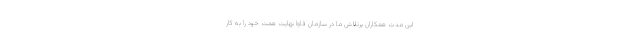
این مدت همکاران پرتلاش ما در سازمان فاوا نهایت همت خود را به کار